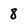
Character: 8